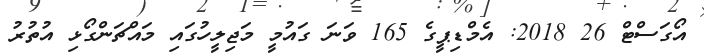
އޯގަސްޓް 26 2018: އެމްޑިޕީގެ 165 ވަނަ ގައުމީ މަޖިލީހުގައި މައްޗަންގޯޅި އުތުރު